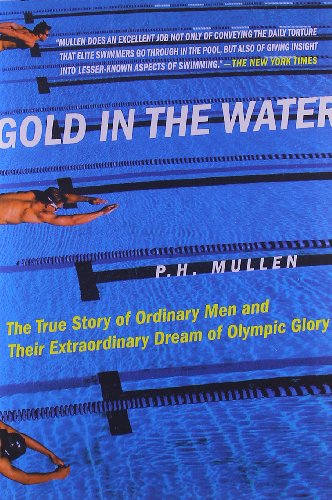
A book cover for Gold in the Water: The True Story of Ordinary Men and Their Extraordinary Dream of Olympic Glory; P. H. Mullen; Health, Fitness & Dieting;